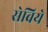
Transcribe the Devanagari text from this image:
सेविये